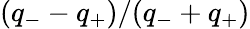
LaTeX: (q_{-}-q_{+})/(q_{-}+q_{+})